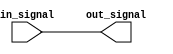

module level_shifter (
    input wire [7:0] in_signal,   // Input signal
    output wire [7:0] out_signal  // Output signal
);

// Level shifting logic (for illustration, assuming a simple buffer)
assign out_signal = in_signal;

endmodule